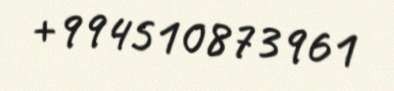
+994510873961